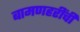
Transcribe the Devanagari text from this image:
बामणहरींची